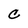
Character: c